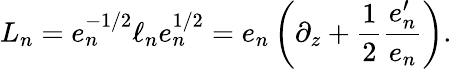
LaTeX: L_{n}=e_{n}^{-1/2}\ell_{n}e_{n}^{1/2}=e_{n}\left(\partial_{z}+{\frac{1}{2}}{\frac{e_{n}^{\prime}}{e_{n}}}\right).